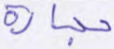
حجارة